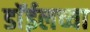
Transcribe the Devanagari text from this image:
डाॅईलच्या